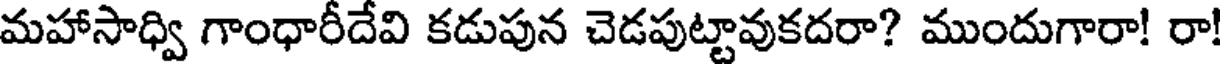
మహాసాధ్వి గాంధారీదేవి కడుపున చెడపుట్టావుకదరా? ముందుగారా! రా